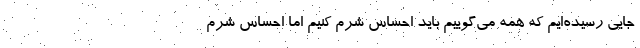
جایی رسیده‌ایم که همه می‌گوییم باید احساس شرم کنیم اما احساس شرم